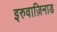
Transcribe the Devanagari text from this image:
इरुवाज़िनाड